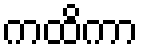
ကထိကာ